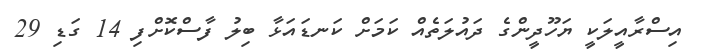
އިސްރާއީލަކީ ޔަހޫދީންގެ ދައުލަތެއް ކަމަށް ކަނޑައަޅާ ބިލު ފާސްކޮށްފި 14 ގަޑި 29